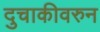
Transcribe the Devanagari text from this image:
दुचाकीवरुन